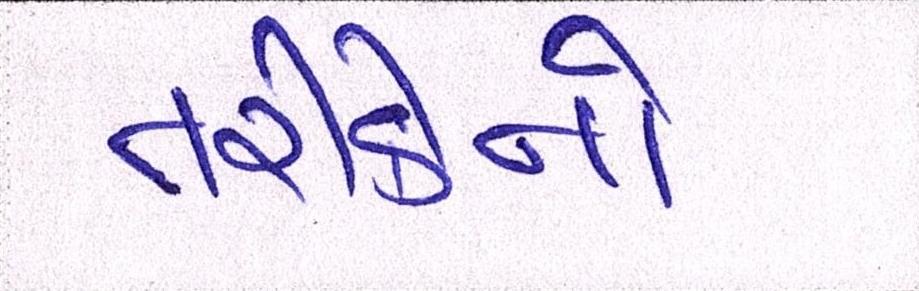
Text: તરીકેનો